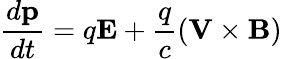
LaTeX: \frac{d{\mathbf p}}{dt}=q{\mathbf E}+\frac{q}{c}({\mathbf V}\times{\mathbf B})